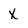
Character: X